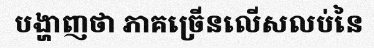
បង្ហាញថា ភាគច្រើនលើសលប់នៃ